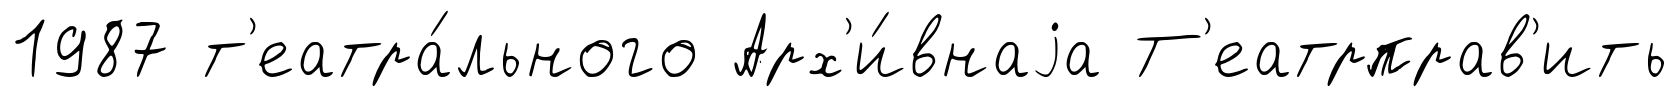
1987 т'еатра́льного Арх'и́внаjа Т'еатрправ'ить